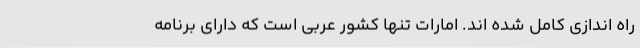
راه اندازی کامل شده اند. امارات تنها کشور عربی است که دارای برنامه